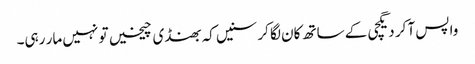
واپس آ کر دیگچی کے ساتھ کان لگا کر سنیں کہ بھنڈی چیخیں تو نہیں مار رہی۔